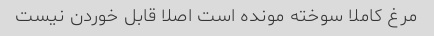
مرغ کاملا سوخته مونده است اصلا قابل خوردن نیست